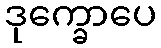
ဒုက္ခောပေ